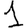
Digit: 1